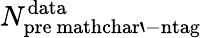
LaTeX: N_{\mathrm{pre\ mathchar`-ntag}}^{\mathrm{data}}